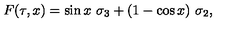
F ( \tau , x ) = \sin x \ \sigma _ { 3 } + ( 1 - \cos x ) \ \sigma _ { 2 } ,